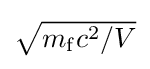
{\textstyle {\sqrt {m_{\rm {f}}c^{2}/V}}}